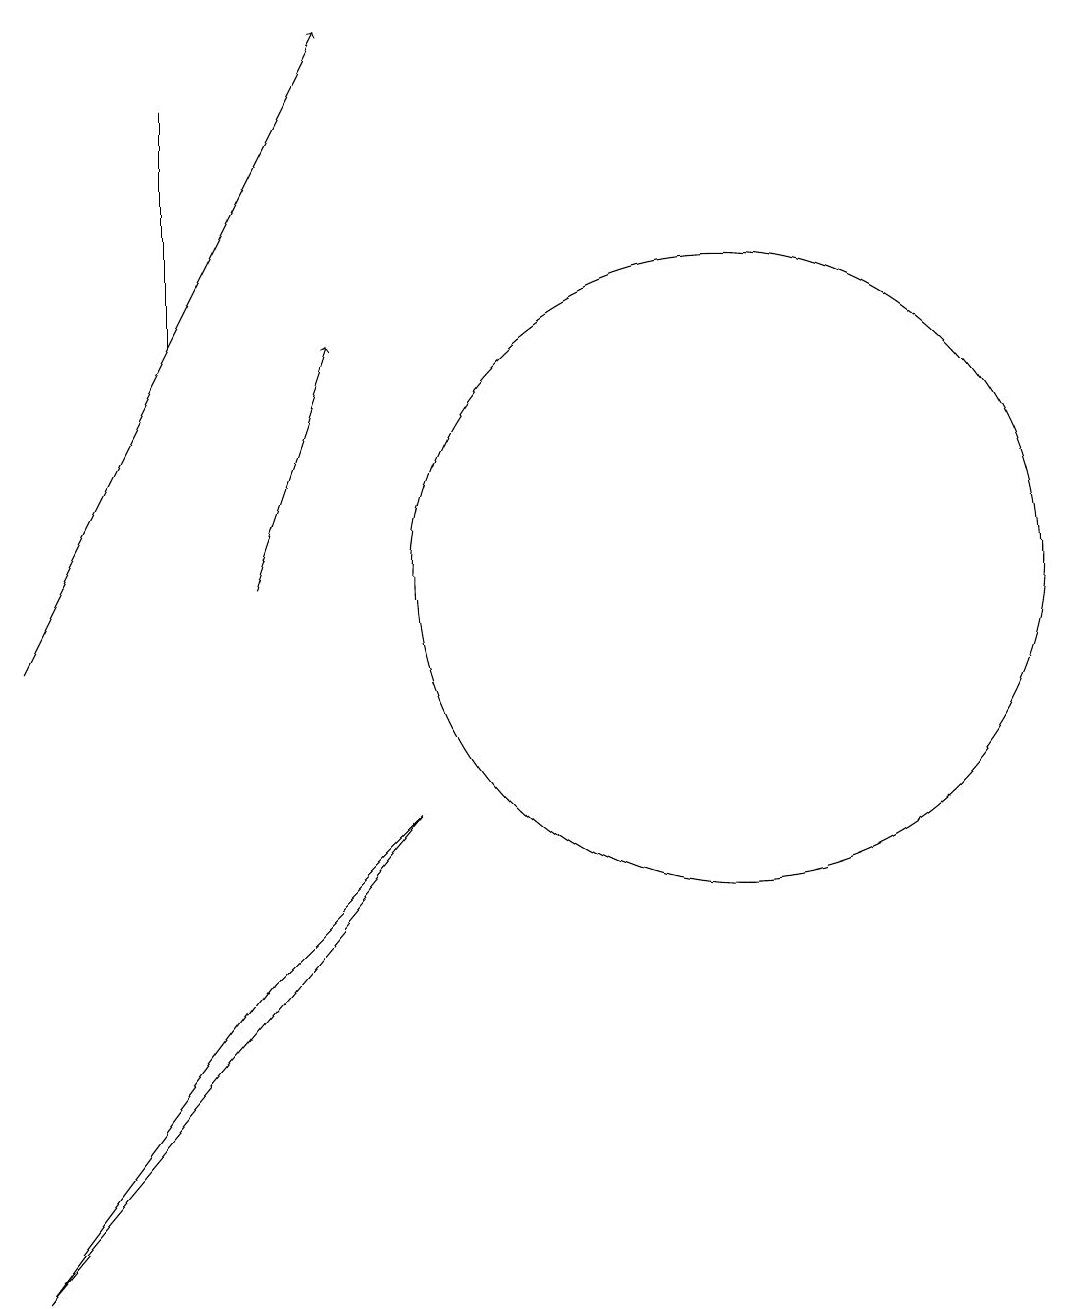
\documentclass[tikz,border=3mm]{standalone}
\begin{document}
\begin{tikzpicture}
\draw (10,12) circle (4);
\draw (3,15) rectangle (3,18);
\draw[->] (4,12) -- (5,15);
\draw[->] (1,11) -- (5,19);
\draw (1,3) -- (4,7) -- (6,9) -- cycle;
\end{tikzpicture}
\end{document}